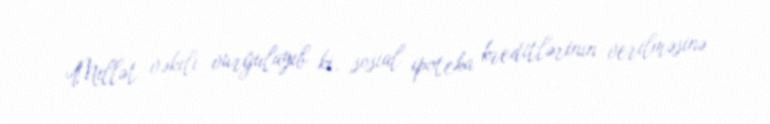
Millət vəkili vurğulayıb ki, sosial ipoteka kreditlərinin verilməsinə